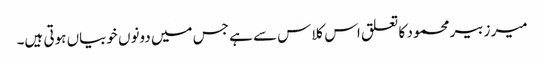
میر زبیر محمود کا تعلق اس کلاس سے ہے جس میں دونوں خوبیاں ہوتی ہیں۔